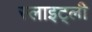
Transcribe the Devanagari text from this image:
स्लाइट्ली